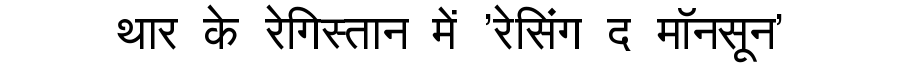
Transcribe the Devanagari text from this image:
थार के रेगिस्तान में 'रेसिंग द मॉनसून'